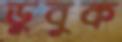
ডুবুক